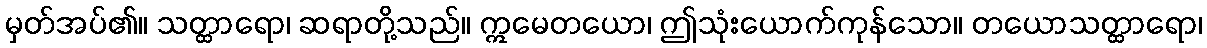
မှတ်အပ်၏။ သတ္ထာရော၊ ဆရာတို့သည်။ ဣမေတယော၊ ဤသုံးယောက်ကုန်သော။ တယောသတ္ထာရော၊